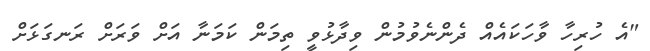
"އެ ހުރިހާ ވާހަކައެއް ދެންނެވުމުން ވިދާޅުވީ ތިމަން ކަމަނާ އަށް ވަރަށް ރަނގަޅަށް